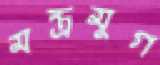
মন্ত্রমুগ